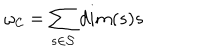
\omega _ { \cal C } = \sum _ { s \in \cal S } d i m ( s ) s